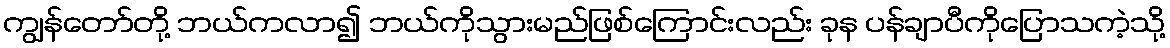
ကျွန်တော်တို့ ဘယ်ကလာ၍ ဘယ်ကိုသွားမည်ဖြစ်ကြောင်းလည်း ခုန ပန်ချာပီကိုပြောသကဲ့သို့